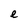
Character: e